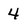
Character: 4